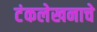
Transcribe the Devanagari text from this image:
टंकलेखनाचे